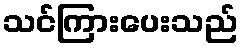
သင်ကြားပေးသည်